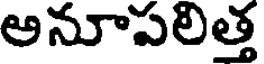
అనూపలిత్త